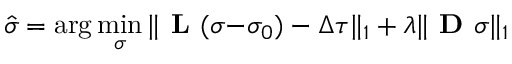
\boldsymbol { \hat { \sigma } } = \arg \operatorname* { m i n } _ { \boldsymbol { \sigma } } \| \textbf { L } ( \boldsymbol { \sigma - } \sigma _ { 0 } ) - \boldsymbol { \Delta \tau } \| _ { 1 } + \lambda \| \textbf { D } \boldsymbol { \sigma } \| _ { 1 } \